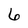
Character: 6